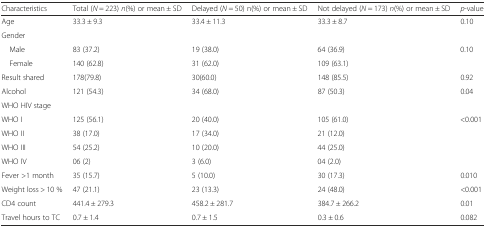
| Characteristics | Total (N = 223) n(%) or mean ± SD | Delayed (N = 50) n(%) or mean ± SD | Not delayed (N = 173) n(%) or mean ± SD | p-value |
 | --- | --- | --- | --- | --- |
 | Age | 33.3 ± 9.3 | 33.4 ± 11.3 | 33.3 ± 8.7 | 0.10 |
 | Gender |  |  |  |  |
 | Male | 83 (37.2) | 19 (38.0) | 64 (36.9) | 0.10 |
 | Female | 140 (62.8) | 31 (62.0) | 109 (63.1) |  |
 | Result shared | 178(79.8) | 30(60.0) | 148 (85.5) | 0.92 |
 | Alcohol | 121 (54.3) | 34 (68.0) | 87 (50.3) | 0.04 |
 | WHO HIV stage |  |  |  |  |
 | WHO I | 125 (56.1) | 20 (40.0) | 105 (61.0) | <0.001 |
 | WHO II | 38 (17.0) | 17 (34.0) | 21 (12.0) |  |
 | WHO III | 54 (25.2) | 10 (20.0) | 44 (25.0) |  |
 | WHO IV | 06 (2) | 3 (6.0) | 04 (2.0) |  |
 | Fever >1 month | 35 (15.7) | 5 (10.0) | 30 (17.3) | 0.010 |
 | Weight loss > 10 % | 47 (21.1) | 23 (13.3) | 24 (48.0) | <0.001 |
 | CD4 count | 441.4 ± 279.3 | 458.2 ± 281.7 | 384.7 ± 266.2 | 0.01 |
 | Travel hours to TC | 0.7 ± 1.4 | 0.7 ± 1.5 | 0.3 ± 0.6 | 0.082 |